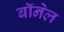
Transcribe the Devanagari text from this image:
बॉनेल